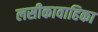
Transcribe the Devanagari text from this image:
लसीकावाहिका